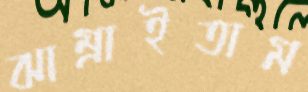
ঝাম্‌রাইতাম